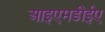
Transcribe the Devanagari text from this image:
आइएमडीईए